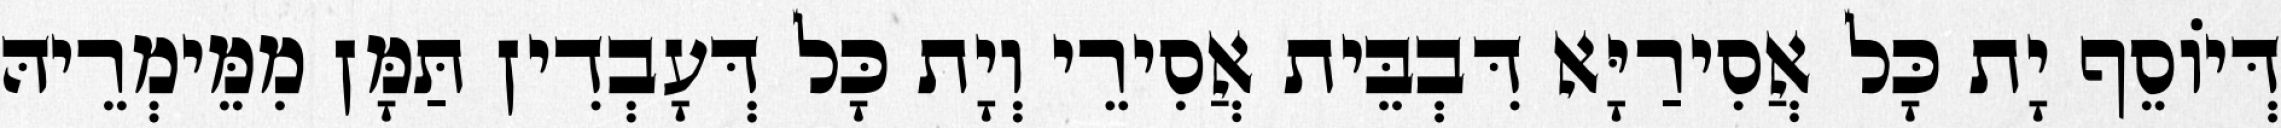
דְּיוֹסֵף יָת כָּל אֲסִירַיָּא דִּבְבֵּית אֲסִירֵי וְיָת כָּל דְּעָבְדִין תַּמָּן מִמֵּימְרֵיהּ